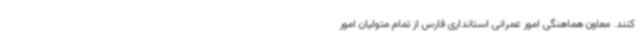
کنند. معاون هماهنگی امور عمرانی استانداری فارس از تمام متولیان امور